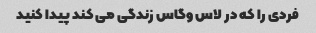
فردی را که در لاس وگاس زندگی می کند پیدا کنید